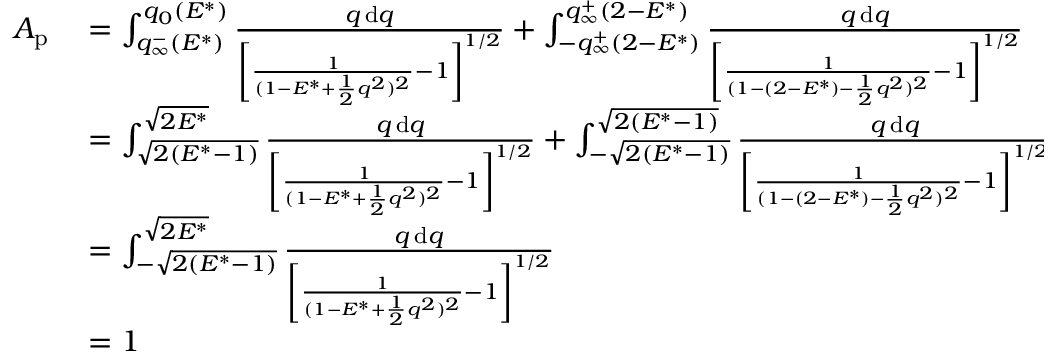
\begin{array} { r l } { A _ { \mathrm { p } } } & { { } = \int _ { q _ { \infty } ^ { - } ( E ^ { * } ) } ^ { q _ { 0 } ( E ^ { * } ) } \frac { q \, \mathrm { d } q } { \left[ \frac { 1 } { ( 1 - E ^ { * } + \frac { 1 } { 2 } q ^ { 2 } ) ^ { 2 } } - 1 \right] ^ { 1 / 2 } } + \int _ { - q _ { \infty } ^ { + } ( 2 - E ^ { * } ) } ^ { q _ { \infty } ^ { + } ( 2 - E ^ { * } ) } \frac { q \, \mathrm { d } q } { \left[ \frac { 1 } { ( 1 - ( 2 - E ^ { * } ) - \frac { 1 } { 2 } q ^ { 2 } ) ^ { 2 } } - 1 \right] ^ { 1 / 2 } } } \\ { { } } & { { } = \int _ { \sqrt { 2 ( E ^ { * } - 1 ) } } ^ { \sqrt { 2 E ^ { * } } } \frac { q \, \mathrm { d } q } { \left[ \frac { 1 } { ( 1 - E ^ { * } + \frac { 1 } { 2 } q ^ { 2 } ) ^ { 2 } } - 1 \right] ^ { 1 / 2 } } + \int _ { - \sqrt { 2 ( E ^ { * } - 1 ) } } ^ { \sqrt { 2 ( E ^ { * } - 1 ) } } \frac { q \, \mathrm { d } q } { \left[ \frac { 1 } { ( 1 - ( 2 - E ^ { * } ) - \frac { 1 } { 2 } q ^ { 2 } ) ^ { 2 } } - 1 \right] ^ { 1 / 2 } } } \\ { { } } & { { } = \int _ { - \sqrt { 2 ( E ^ { * } - 1 ) } } ^ { \sqrt { 2 E ^ { * } } } \frac { q \, \mathrm { d } q } { \left[ \frac { 1 } { ( 1 - E ^ { * } + \frac { 1 } { 2 } q ^ { 2 } ) ^ { 2 } } - 1 \right] ^ { 1 / 2 } } } \\ { { } } & { { } = 1 } \end{array}